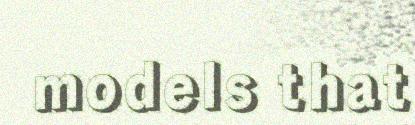
models that